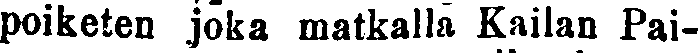
poiketen joka matkalla Kailan Pai-